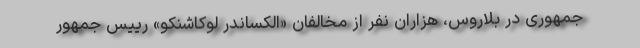
جمهوری در بلاروس، هزاران نفر از مخالفان «الکساندر لوکاشنکو» رییس جمهور